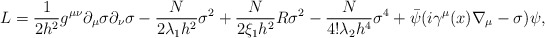
\begin{align*}L= \frac{1}{2h^2} g^{\mu\nu} \partial_\mu \sigma \partial_\nu \sigma-\frac{N}{2\lambda_1 h^2} \sigma^2 +\frac{N}{2\xi_1 h^2} R \sigma^2 -\frac{N}{4! \lambda_2 h^4} \sigma^4 +\bar{\psi} (i\gamma^\mu (x) \nabla_\mu - \sigma) \psi , \end{align*}